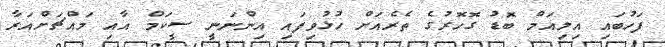
ފަހުބައި އިލިއަމް ބޮޑު ގޮހޮރުގެ ތެރެއަށް ހުޅުވިފައި އިންނަނީ ސީކަމް އާއި މައްޗަށްއަރާ